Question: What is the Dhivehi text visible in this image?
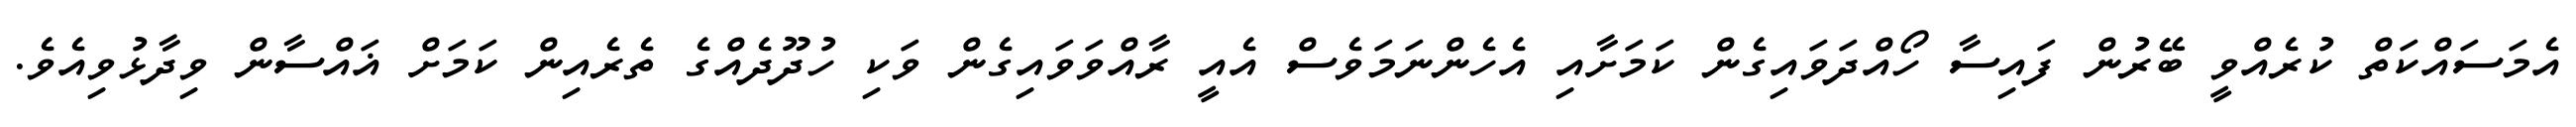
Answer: އެމަސައްކަތް ކުރެއްވީ ބޭރުން ފައިސާ ހޯއްދަވައިގެން ކަމަށާއި އެހެންނަމަވެސް އެއީ ރާއްވަވައިގެން ވަކި ހުދޫދެއްގެ ތެރެއިން ކަމަށް ޣައްސާން ވިދާޅުވިއެވެ.